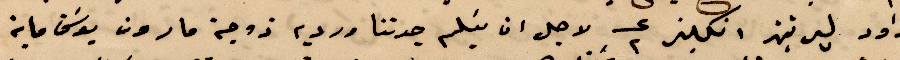
داود ليرتين انكليز ٢  لاجل ان يتسلم جدتنا وردية زوجة مارون يوسف ماية